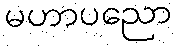
မဟာပညော